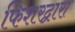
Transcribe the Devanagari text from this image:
फिशरद्वारा